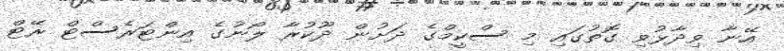
އޭނާ ވިދާޅުވި ގޮތުގައި މި ސްކީމްގެ ދަށުން ދޫކުރާ ލޯނުގެ އިންޓަރެސްޓް ރޭޓް